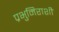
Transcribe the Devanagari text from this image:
प्रभुमिराशी